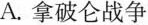
A.拿破仑战争